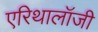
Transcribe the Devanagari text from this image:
एरिथालॉजी